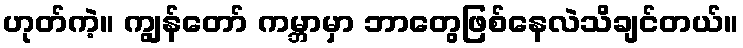
ဟုတ်ကဲ့။ ကျွန်တော် ကမ္ဘာမှာ ဘာတွေဖြစ်နေလဲသိချင်တယ်။